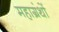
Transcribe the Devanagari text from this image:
महाग्रंथों